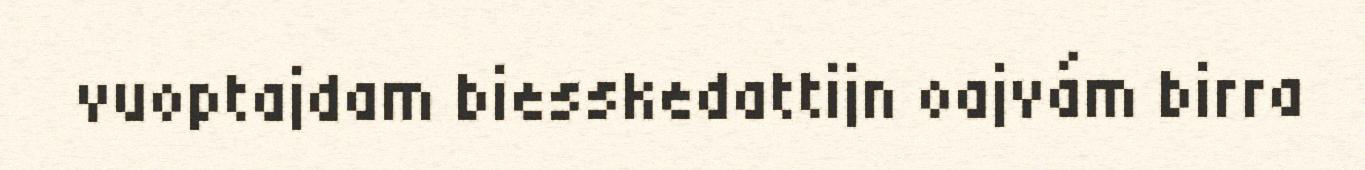
vuoptajdam biesskedattijn oajvám birra